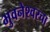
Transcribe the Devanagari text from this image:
भुवनेश्वरचा